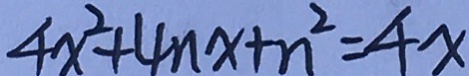
4 x ^ { 2 } + 4 n x + n ^ { 2 } = 4 x